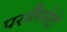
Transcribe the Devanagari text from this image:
परमैंगनेटों